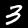
Label: 3